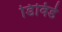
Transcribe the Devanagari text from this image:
डिविडे